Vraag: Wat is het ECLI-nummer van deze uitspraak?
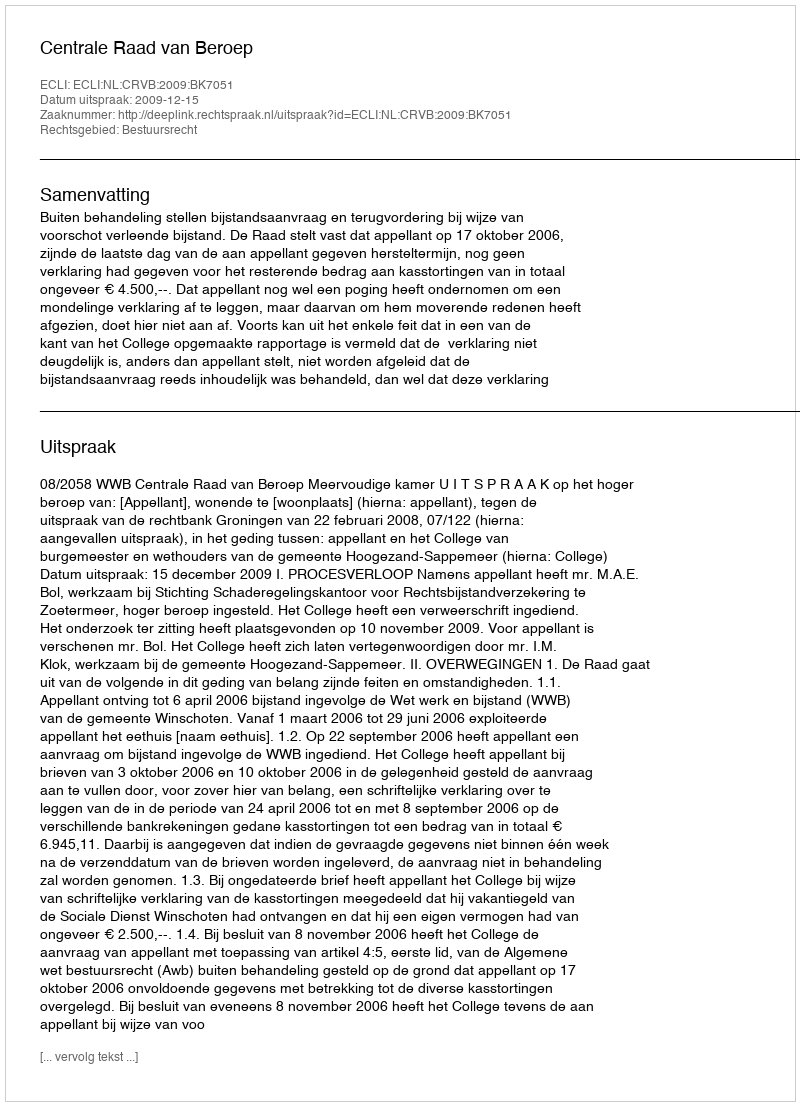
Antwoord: ECLI:NL:CRVB:2009:BK7051